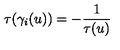
\tau ( \gamma _ { i } ( u ) ) = - \frac { 1 } { \tau ( u ) }